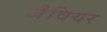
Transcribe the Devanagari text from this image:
जैवियर